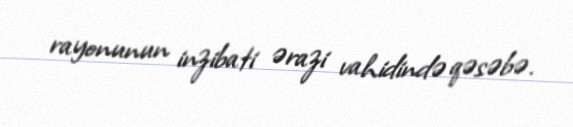
rayonunun inzibati ərazi vahidində qəsəbə.